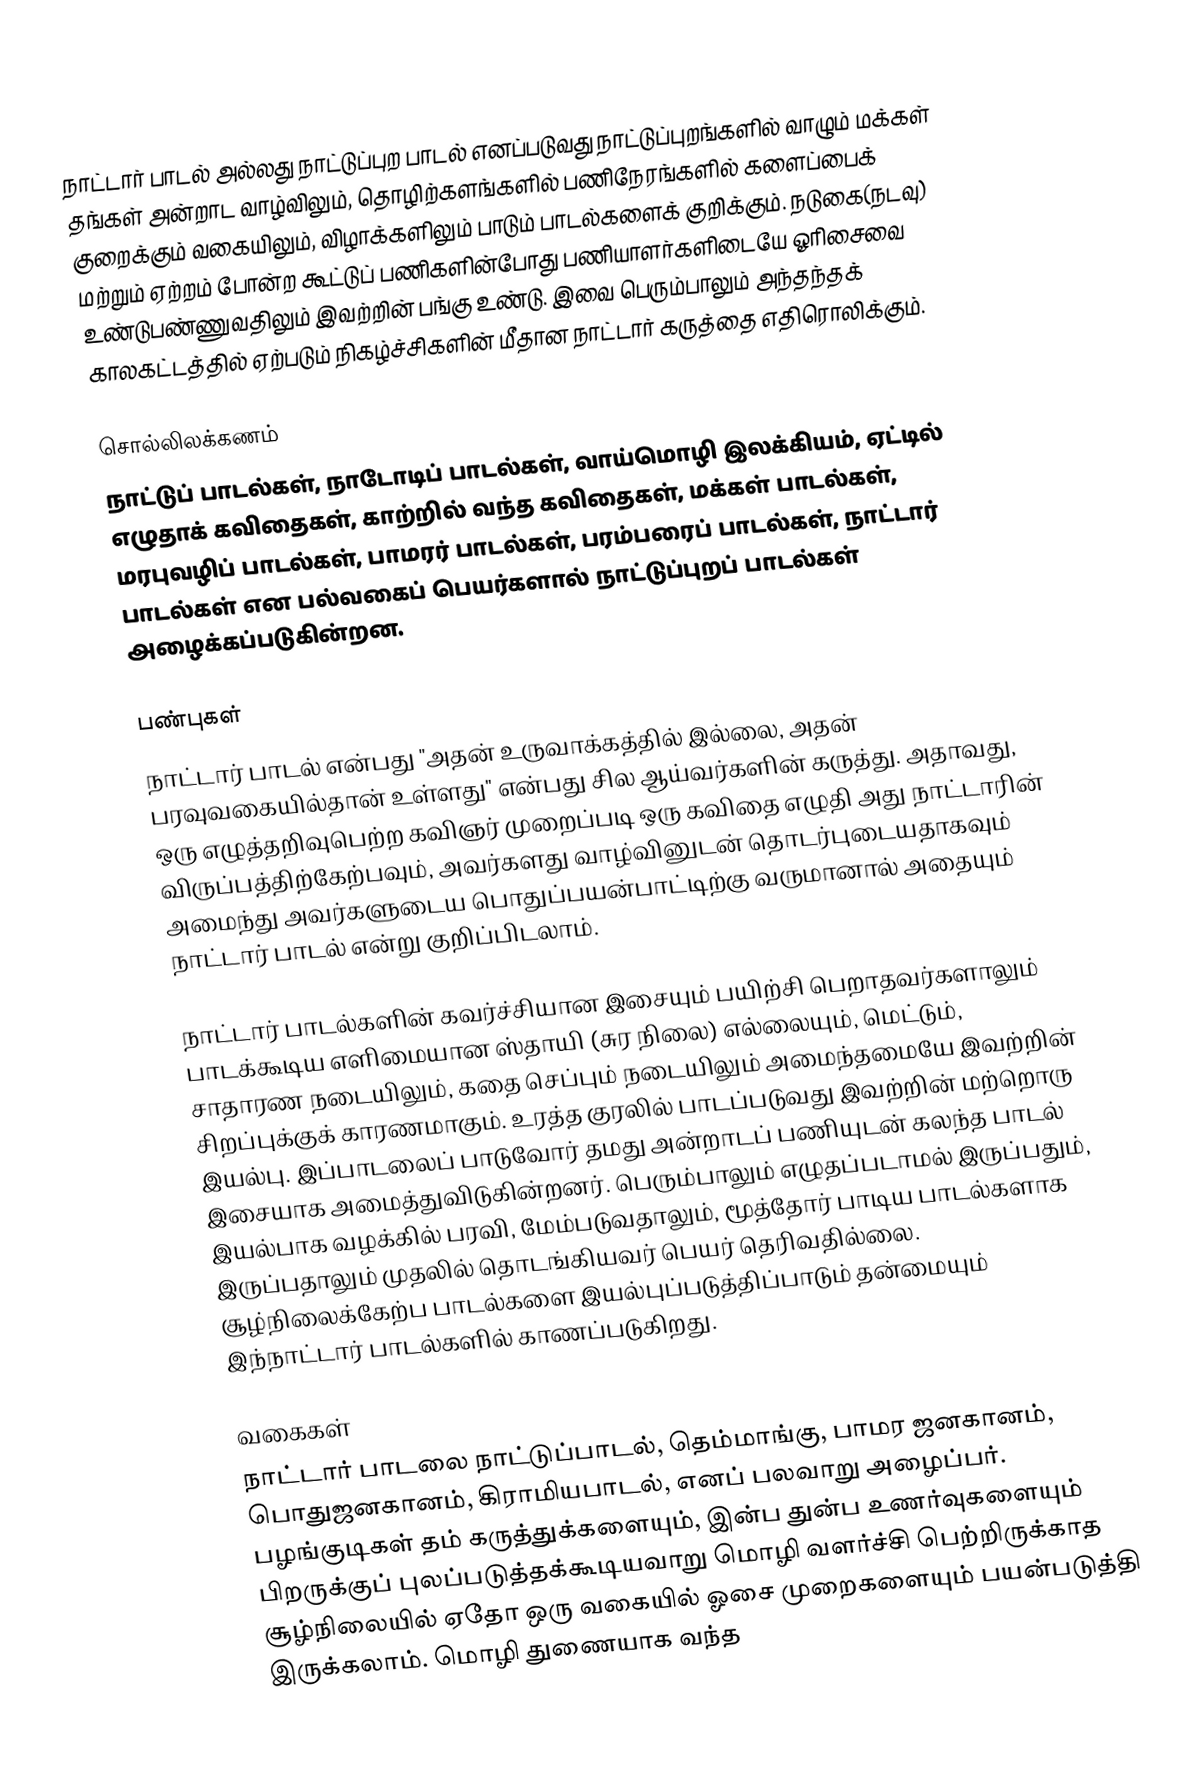
நாட்டார் பாடல் அல்லது நாட்டுப்புற பாடல் எனப்படுவது நாட்டுப்புறங்களில் வாழும் மக்கள் தங்கள் அன்றாட வாழ்விலும், தொழிற்களங்களில் பணிநேரங்களில் களைப்பைக் குறைக்கும் வகையிலும், விழாக்களிலும் பாடும் பாடல்களைக் குறிக்கும். நடுகை(நடவு) மற்றும் ஏற்றம் போன்ற கூட்டுப் பணிகளின்போது பணியாளர்களிடையே ஓரிசைவை உண்டுபண்ணுவதிலும் இவற்றின் பங்கு உண்டு. இவை பெரும்பாலும் அந்தந்தக் காலகட்டத்தில் ஏற்படும் நிகழ்ச்சிகளின் மீதான நாட்டார் கருத்தை எதிரொலிக்கும்.

சொல்லிலக்கணம்
நாட்டுப் பாடல்கள்,  நாடோடிப் பாடல்கள்,  வாய்மொழி இலக்கியம், ஏட்டில் எழுதாக் கவிதைகள்,  காற்றில் வந்த கவிதைகள்,  மக்கள் பாடல்கள்,  மரபுவழிப் பாடல்கள், பாமரர் பாடல்கள்,   பரம்பரைப் பாடல்கள், நாட்டார் பாடல்கள் என பல்வகைப் பெயர்களால் நாட்டுப்புறப் பாடல்கள் அழைக்கப்படுகின்றன.

பண்புகள்
நாட்டார் பாடல் என்பது "அதன் உருவாக்கத்தில் இல்லை, அதன் பரவுவகையில்தான் உள்ளது" என்பது சில ஆய்வர்களின் கருத்து. அதாவது, ஒரு எழுத்தறிவுபெற்ற கவிஞர் முறைப்படி ஒரு கவிதை எழுதி அது நாட்டாரின் விருப்பத்திற்கேற்பவும், அவர்களது வாழ்வினுடன் தொடர்புடையதாகவும் அமைந்து அவர்களுடைய பொதுப்பயன்பாட்டிற்கு வருமானால் அதையும் நாட்டார் பாடல் என்று குறிப்பிடலாம்.

நாட்டார் பாடல்களின் கவர்ச்சியான இசையும் பயிற்சி பெறாதவர்களாலும் பாடக்கூடிய எளிமையான ஸ்தாயி (சுர நிலை) எல்லையும், மெட்டும், சாதாரண நடையிலும், கதை செப்பும் நடையிலும் அமைந்தமையே இவற்றின் சிறப்புக்குக் காரணமாகும். உரத்த குரலில் பாடப்படுவது இவற்றின் மற்றொரு இயல்பு. இப்பாடலைப் பாடுவோர் தமது அன்றாடப் பணியுடன் கலந்த பாடல் இசையாக அமைத்துவிடுகின்றனர். பெரும்பாலும் எழுதப்படாமல் இருப்பதும், இயல்பாக வழக்கில் பரவி, மேம்படுவதாலும், மூத்தோர் பாடிய பாடல்களாக இருப்பதாலும் முதலில் தொடங்கியவர் பெயர் தெரிவதில்லை. சூழ்நிலைக்கேற்ப பாடல்களை இயல்புப்படுத்திப்பாடும் தன்மையும் இந்நாட்டார் பாடல்களில் காணப்படுகிறது.

வகைகள்
நாட்டார் பாடலை நாட்டுப்பாடல், தெம்மாங்கு, பாமர ஜனகானம், பொதுஜனகானம், கிராமியபாடல், எனப் பலவாறு அழைப்பர். பழங்குடிகள் தம் கருத்துக்களையும், இன்ப துன்ப உணர்வுகளையும் பிறருக்குப் புலப்படுத்தக்கூடியவாறு மொழி வளர்ச்சி பெற்றிருக்காத சூழ்நிலையில் ஏதோ ஒரு வகையில் ஓசை முறைகளையும் பயன்படுத்தி இருக்கலாம்.  மொழி துணையாக வந்த